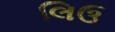
લિઉ